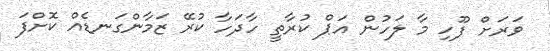
ވަރަށް ފޫހި މާ ލަހުން އަޕް ކުރާތީ ހާދަހާ ކުރޭ ޒަމާންގަނޑެއް ކޮށްފަ